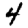
Digit: 4